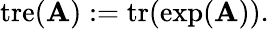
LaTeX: \operatorname{tre}(\mathbf{A}):=\operatorname{tr}(\exp(\mathbf{A})).